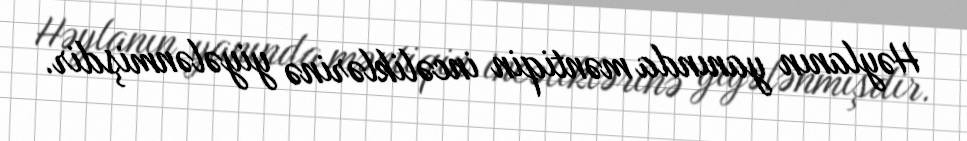
Həylanın yanında məntiqin incəliklərinə yiyələnmişdir.